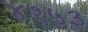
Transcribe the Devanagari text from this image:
४१५३